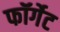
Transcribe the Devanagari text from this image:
फॉर्गेट